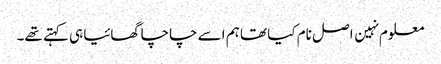
معلوم نہین اصل نام کیا تھا ہم اسے چاچا گھائیا ہی کہتے تھے۔